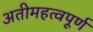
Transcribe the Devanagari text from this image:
अतीमहत्वपूर्ण